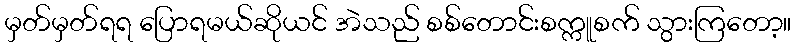
မှတ်မှတ်ရရ ပြောရမယ်ဆိုယင် အဲသည် စစ်တောင်းစက္ကူစက် သွားကြတော့။